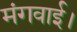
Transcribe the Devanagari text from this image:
मंगवाई।